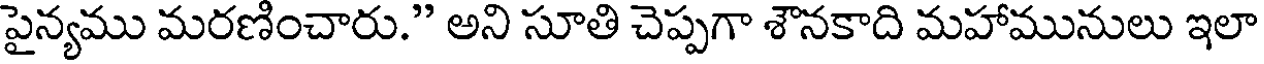
పైన్యము మరణించారు." అని సూతి చెప్పగా శౌనకాది మహామునులు ఇలా